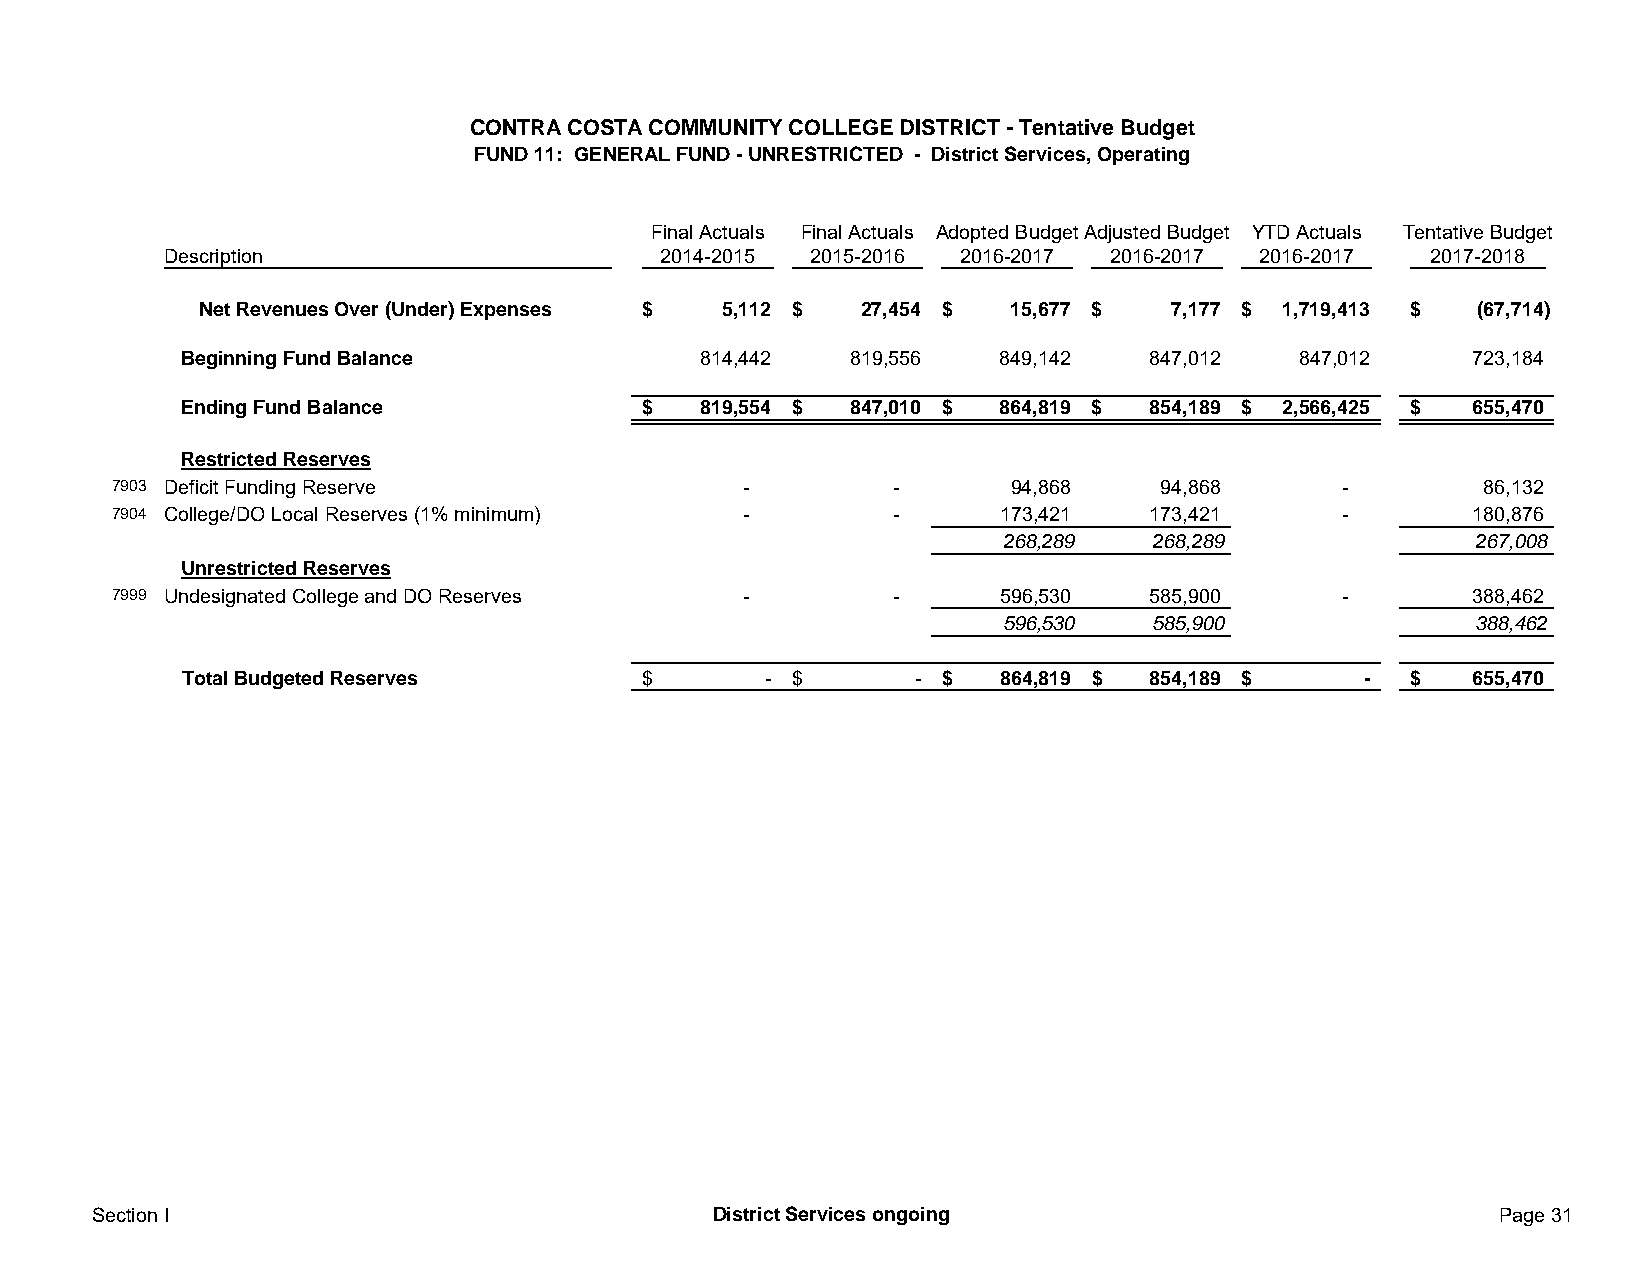
CONTRA COSTA COMMUNITY COLLEGE DISTRICT - Tentative Budget
 FUND 11: GENERAL FUND - UNRESTRICTED - District Services, Operating
 Final Actuals Final Actuals Adopted Budget Adjusted Budget YTD Actuals Tentative Budget
 Description                     2014-2015 2015-2016 2016-2017 2016-2017 2016-2017  2017-2018
 Net Revenues Over (Under) Expenses $ 5,112 $ 27,454 $ 15,677 $  7,177 $ 1,719,413 $ (67,714)
 Beginning Fund Balance            814,442   819,556   849,142   847,012   847,012    723,184
 Ending Fund Balance           $   819,554 $ 847,010 $ 864,819 $ 854,189 $ 2,566,425 $ 655,470
 Restricted Reserves
 7903 Deficit Funding Reserve              -         -       94,868   94,868       -        86,132
 7904 College/DO Local Reserves (1% minimum) -       -      173,421   173,421      -       180,876
 268,289   268,289              267,008
 Unrestricted Reserves
 7999 Undesignated College and DO Reserves -         -      596,530   585,900      -       388,462
 596,530   585,900              388,462
 Total Budgeted Reserves       $       - $       - $   864,819 $ 854,189 $     -  $   655,470
 Section I                                District Services ongoing                           Page 31